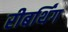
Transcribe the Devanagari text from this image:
रीबर्थिंग